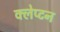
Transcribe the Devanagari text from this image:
क्लेप्टन